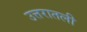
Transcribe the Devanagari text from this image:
उत्तरातली